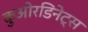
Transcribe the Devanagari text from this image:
कुओरडिनेट्स